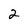
Character: 2